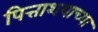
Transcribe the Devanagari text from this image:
पित्ताशयाच्या